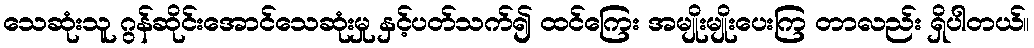
သေဆုံးသူ ဂွန်ဆိုင်းအောင်သေဆုံးမှု နှင့်ပတ်သက်၍ ထင်ကြေး အမျိုးမျိုးပေးကြ တာလည်း ရှိပါတယ်။